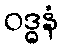
ဝဒ္ဓနံ